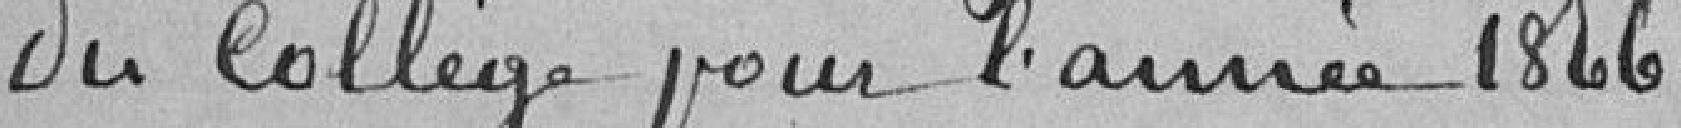
du Collège pour l'année 1866